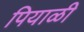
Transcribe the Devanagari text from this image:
पियाळी